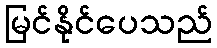
မြင်နိုင်ပေသည်